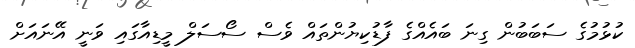
ކުޅުމުގެ ސަބަބުން ގިނަ ބައެއްގެ ފާޑުކިޔުންތައް ވެސް ސޯސަލް މީޑިއާގައި ވަނީ އޭނައަށް